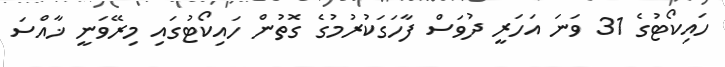
ހައިކޯޓުގެ 31 ވަނަ އަހަރީ ދުވަސް ފާހަގަކުރުމުގެ ގޮތުން ހައިކޯޓުގައި މިރޭވަނީ ޚާއްސަ